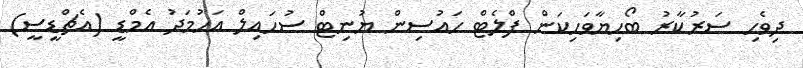
ދިވެހި ސަރުކާރު ބޯހިޔާވަހިކަން ފްލެޓް ހައުސިން ޔުނިޓް ސުހައިލް އަހުމަދު އެމްޑީ (އެޗްޑީސީ)